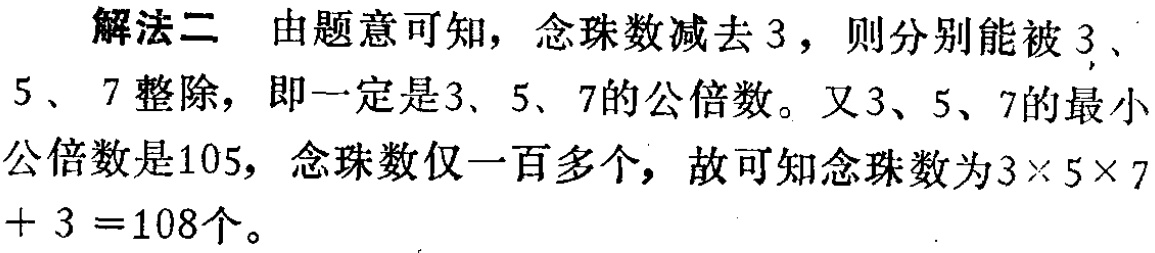
解法二 由题意可知，念珠数减去 3，则分别能被 3、5、7 整除，即一定是3、5、7的公倍数。又3、5、7的最小公倍数是105，念珠数仅一百多个，故可知念珠数为\(3\times 5\times 7 + 3 =108\)个。